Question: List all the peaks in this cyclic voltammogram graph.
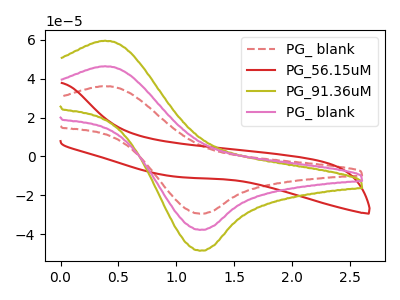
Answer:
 <answer>The red dashed curve "PG_ blank" has an anodic peak at (0.40V, 36.15uA) and a cathodic peak at (1.20V, -29.50uA). The red curve "PG_56.15uM" has no peaks. The olive curve "PG_91.36uM" has an anodic peak at (0.40V, 92.75uA) and a cathodic peak at (1.20V, -75.65uA). The pink curve "PG_ blank" has an anodic peak at (0.40V, 46.35uA) and a cathodic peak at (1.20V, -37.85uA).</answer>
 <eval></eval>